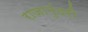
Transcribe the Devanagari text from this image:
राजामुंदरी